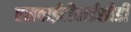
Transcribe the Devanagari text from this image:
एसवाईटीवाईसीडी